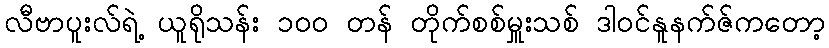
လီဗာပူးလ်ရဲ့ ယူရိုသန်း ၁၀၀ တန် တိုက်စစ်မှူးသစ် ဒါဝင်နူနက်ဇ်ကတော့